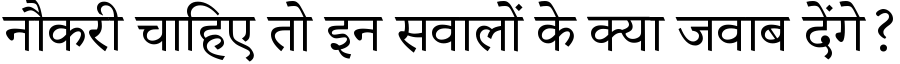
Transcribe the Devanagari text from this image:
नौकरी चाहिए तो इन सवालों के क्या जवाब देंगे?